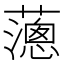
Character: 𦿞